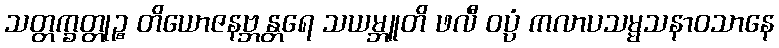
သတ္တက္ခတ္တုဉ္စ တိယောဇနဗ္ဘန္တရေ သယမ္ဘူတိ ဖလီ ဝပ္ပံ ကလာပသမ္မသနာဝသာနေ